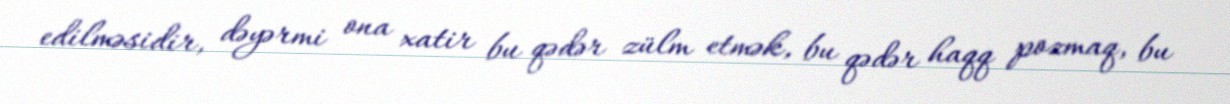
edilməsidir, dəyərmi ona xatir bu qədər zülm etmək, bu qədər haqq pozmaq, bu